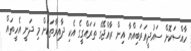
ހާއްސަކޮށް ސައުދީއަރަބިއްޔާ އިން ރާއްޖޭގެ ތަރައްގީގެ އެކި ދާއިރާތަކަށް މި ދަނީ އެހީތައް